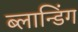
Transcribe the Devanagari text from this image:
ब्लान्डिंग